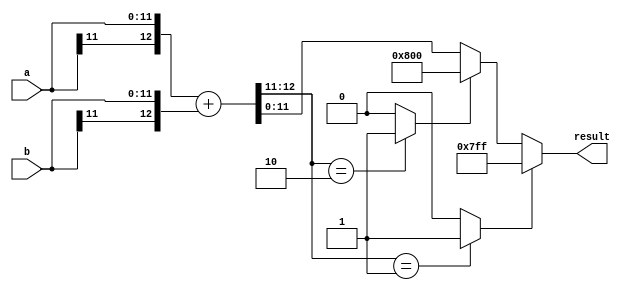
// DEFINE NUMBER OF BITS TO REPRESENT LLR HERE!!
//
`define LLR_BITS    12
//
//

module over(a, b, result);
	parameter WIDTH = `LLR_BITS;
	parameter MSB   = WIDTH-1;
	parameter neg 	= {1'b1, {(WIDTH-1){1'b0}}};
	parameter pos 	= {1'b0, {(WIDTH-1){1'b1}}};
	input signed [WIDTH-1:0] a, b;
	output reg signed [WIDTH-1:0] result;

	reg signed [WIDTH-1:0] temp;
	reg overflow, underflow;
	reg extra;

	always @* begin
		{extra, temp} = {a[MSB], a} + {b[MSB], b};
		overflow  = ({extra, temp[MSB]} == 2'b01) ? 1'b1 : 1'b0;
		underflow = ({extra, temp[MSB]} == 2'b10) ? 1'b1 : 1'b0;
		result = 	(overflow) 	? pos : 
					(underflow)	? neg : temp;
	end
endmodule

module Siso(
						 clk_i,
						 reset_n_i,
						 read_en_i,
						 sys_i,
						 enc_i,
						 ext_i,
						 data_o,
						 finish
	);

	/*========================Parameter declaration===================== */	
	parameter data_size  	= `LLR_BITS;                            // every number size = 4
	parameter input_size 	= 5;                                // input size (bit length) before encoding = 5
	parameter extend_size	= 7;                                // input_size + 2][adding 00 at the end
	parameter block_size 	= 21;                               // 3 * (input_size + 2)
	parameter neg_inf    	= {1'b1, {(data_size-1){1'b0}}};    // - 2^(data_size-1) 
	parameter LLR_size	 	= extend_size*data_size;
	parameter READ_DATA  	= 3'b000;
	parameter BRANCH     	= 3'b001;
	parameter FORWARD    	= 3'b010;
	parameter BACKWARD   	= 3'b011;
	parameter LLR_COMPUTE	= 3'b100;

	/*========================IO declaration============================ */	  
	input                       clk_i;
	input                       reset_n_i;
	input                       read_en_i;
	// input           	        data_i;       [0:block_size-1];  
	input  signed  [28-1:0]     sys_i;
	input  signed  [28-1:0]     enc_i;
	input  signed  [LLR_size-1:0]     ext_i;
	output signed  [LLR_size-1:0]     data_o;
	output                      finish;

	/* =======================REG & wire================================ */
	reg					[2:0]						state, state_nxt;
	reg                         done, done_nxt;
	assign finish = done;

	reg signed  [3:0]	        sys                 	[0:extend_size-1];
	reg signed  [3:0]	        enc                 	[0:extend_size-1];
	reg signed  [data_size-1:0]	ext                 	[0:extend_size-1];
	reg signed	[3:0]	        sys_neg               	[0:extend_size-1];
	reg signed	[3:0]	        enc_neg              	[0:extend_size-1];
	reg signed	[data_size-1:0]	ext_neg                 [0:extend_size-1];
	reg signed	[data_size-1:0]	sys_enc                 [0:extend_size-1] [0:3];

	reg signed	[data_size-1:0]	branch_metrics 			[0:extend_size-1] [0:3] [0:3];  // +-128
	reg signed	[data_size-1:0]	forward_metrics 		[0:extend_size  ] [0:3];
	reg signed	[data_size-1:0]	backward_metrics 		[0:extend_size  ] [0:3];
	reg signed	[data_size-1:0]	LLR             		[0:extend_size-1];
	wire signed	[data_size-1:0]	branch_sum				[0:extend_size-1] [0:3];
	wire signed	[data_size-1:0]	forward_sum				[0:extend_size-1] [0:7];
	wire signed	[data_size-1:0]	backward_sum			[0:extend_size-1] [0:7];
	wire signed	[data_size-1:0]	LLR_sum					[0:extend_size-1] [0:7];

	reg signed  [data_size-1:0] negative            [0:extend_size-1][0:3];    
	reg signed  [data_size-1:0] positive            [0:extend_size-1][0:3];  
	reg signed  [data_size-1:0] max_negative		[0:extend_size-1];
	reg signed  [data_size-1:0] max_negative_neg	[0:extend_size-1];
	reg signed  [data_size-1:0] max_positive		[0:extend_size-1];
	reg signed  [data_size-1:0] temp_positive_1		[0:extend_size-1];
	reg signed  [data_size-1:0] temp_positive_2		[0:extend_size-1];
	reg signed  [data_size-1:0] temp_negative_1		[0:extend_size-1];
	reg signed  [data_size-1:0] temp_negative_2		[0:extend_size-1];
	wire signed [data_size-1:0] LLR_result			[0:extend_size-1];

	integer k, n; 
	/* ====================Combinational Part================== */

	assign data_o = {LLR[0], LLR[1], LLR[2], LLR[3], LLR[4], LLR[5], LLR[6]};

	always@(*) begin
		for(n=0;n<extend_size;n=n+1) begin
			sys_neg[n] = ~sys[n] + 1;
			enc_neg[n] = ~enc[n] + 1;
			ext_neg[n] = ~ext[n] + 1;
			max_negative_neg[n] = ~max_negative[n] + 1;
			sys_enc[n][0] = sys[n] + enc[n];
			sys_enc[n][1] = sys[n] - enc[n];
			sys_enc[n][2] = -sys[n] + enc[n];
			sys_enc[n][3] = -sys[n] - enc[n];
		end
	end
	
	genvar j, l, m;
	generate
		for(l=1;l<=extend_size;l=l+1) begin
			over f0(.a(forward_metrics[l-1][0]), .b(branch_metrics[l-1][0][0]), .result(forward_sum[l-1][0]) );
			over f1(.a(forward_metrics[l-1][1]), .b(branch_metrics[l-1][1][0]), .result(forward_sum[l-1][1]) );
			over f2(.a(forward_metrics[l-1][2]), .b(branch_metrics[l-1][2][1]), .result(forward_sum[l-1][2]) );
			over f3(.a(forward_metrics[l-1][3]), .b(branch_metrics[l-1][3][1]), .result(forward_sum[l-1][3]) );
			over f4(.a(forward_metrics[l-1][0]), .b(branch_metrics[l-1][0][2]), .result(forward_sum[l-1][4]) );
			over f5(.a(forward_metrics[l-1][1]), .b(branch_metrics[l-1][1][2]), .result(forward_sum[l-1][5]) );
			over f6(.a(forward_metrics[l-1][2]), .b(branch_metrics[l-1][2][3]), .result(forward_sum[l-1][6]) );
			over f7(.a(forward_metrics[l-1][3]), .b(branch_metrics[l-1][3][3]), .result(forward_sum[l-1][7]) );

			over b0(.a(backward_metrics[l-1][0]), .b(branch_metrics[extend_size-l][0][0]), .result(backward_sum[l-1][0]) );
			over b1(.a(backward_metrics[l-1][2]), .b(branch_metrics[extend_size-l][0][2]), .result(backward_sum[l-1][1]) );
			over b2(.a(backward_metrics[l-1][0]), .b(branch_metrics[extend_size-l][1][0]), .result(backward_sum[l-1][2]) );
			over b3(.a(backward_metrics[l-1][2]), .b(branch_metrics[extend_size-l][1][2]), .result(backward_sum[l-1][3]) );
			over b4(.a(backward_metrics[l-1][1]), .b(branch_metrics[extend_size-l][2][1]), .result(backward_sum[l-1][4]) );
			over b5(.a(backward_metrics[l-1][3]), .b(branch_metrics[extend_size-l][2][3]), .result(backward_sum[l-1][5]) );
			over b6(.a(backward_metrics[l-1][1]), .b(branch_metrics[extend_size-l][3][1]), .result(backward_sum[l-1][6]) );
			over b7(.a(backward_metrics[l-1][3]), .b(branch_metrics[extend_size-l][3][3]), .result(backward_sum[l-1][7]) );
		end
		for(m=0;m<extend_size;m=m+1) begin
			over LLR0(.a(forward_sum[m][0]), .b(backward_metrics[extend_size-m-1][0]), .result(LLR_sum[m][0]) );
			over LLR1(.a(forward_sum[m][5]), .b(backward_metrics[extend_size-m-1][2]), .result(LLR_sum[m][1]) );
			over LLR2(.a(forward_sum[m][2]), .b(backward_metrics[extend_size-m-1][1]), .result(LLR_sum[m][2]) );
			over LLR3(.a(forward_sum[m][7]), .b(backward_metrics[extend_size-m-1][3]), .result(LLR_sum[m][3]) );
			over LLR4(.a(forward_sum[m][4]), .b(backward_metrics[extend_size-m-1][2]), .result(LLR_sum[m][4]) );
			over LLR5(.a(forward_sum[m][1]), .b(backward_metrics[extend_size-m-1][0]), .result(LLR_sum[m][5]) );
			over LLR6(.a(forward_sum[m][6]), .b(backward_metrics[extend_size-m-1][3]), .result(LLR_sum[m][6]) );
			over LLR7(.a(forward_sum[m][3]), .b(backward_metrics[extend_size-m-1][1]), .result(LLR_sum[m][7]) );

			over LLRk(.a(max_positive[m]), .b(max_negative_neg[m]), .result(LLR_result[m]) );

			over Branch0(.a(sys_enc[m][3]), .b(ext_neg[m]), .result(branch_sum[m][0]) );
			over Branch1(.a(sys_enc[m][0]), .b(ext[m]), 	.result(branch_sum[m][1]) );
			over Branch2(.a(sys_enc[m][1]), .b(ext[m]), 	.result(branch_sum[m][2]) );
			over Branch3(.a(sys_enc[m][2]), .b(ext_neg[m]), .result(branch_sum[m][3]) );
		end
	endgenerate

	always @(*) begin
		done_nxt = 0;
		case(state)
			READ_DATA: begin
					if(read_en_i == 1) begin
						sys[6] = sys_i[3:0];
						sys[5] = sys_i[7:4];
						sys[4] = sys_i[11:8];
						sys[3] = sys_i[15:12];
						sys[2] = sys_i[19:16];
						sys[1] = sys_i[23:20];
						sys[0] = sys_i[27:24];

						enc[6] = enc_i[3:0];
						enc[5] = enc_i[7:4];
						enc[4] = enc_i[11:8];
						enc[3] = enc_i[15:12];
						enc[2] = enc_i[19:16];
						enc[1] = enc_i[23:20];
						enc[0] = enc_i[27:24];

						ext[6] = ext_i[LLR_size-1 - 6*data_size -: data_size];
						ext[5] = ext_i[LLR_size-1 - 5*data_size -: data_size];
						ext[4] = ext_i[LLR_size-1 - 4*data_size -: data_size];
						ext[3] = ext_i[LLR_size-1 - 3*data_size -: data_size];
						ext[2] = ext_i[LLR_size-1 - 2*data_size -: data_size];
						ext[1] = ext_i[LLR_size-1 - data_size -: data_size];
						ext[0] = ext_i[LLR_size-1 -: data_size];
						
						state_nxt = BRANCH;
					end
					else begin
						state_nxt = READ_DATA;
					end
			end
			BRANCH: begin
				for(k=0;k<extend_size;k=k+1) begin
					branch_metrics[k][0][0] = branch_sum[k][0]; //0 + 0 + 0;
					branch_metrics[k][0][2] = branch_sum[k][1]; //1 + 1 + 1;
					branch_metrics[k][1][0] = branch_sum[k][2]; //1 + 0 + 1;
					branch_metrics[k][1][2] = branch_sum[k][3]; //0 + 1 + 0;
					branch_metrics[k][2][1] = branch_sum[k][0]; //0 + 0 + 0;
					branch_metrics[k][2][3] = branch_sum[k][1]; //1 + 1 + 1;
					branch_metrics[k][3][1] = branch_sum[k][2]; //1 + 0 + 1;
					branch_metrics[k][3][3] = branch_sum[k][3]; //0 + 1 + 0;
				end
				state_nxt = FORWARD;
			end
			FORWARD: begin
				forward_metrics[0][0] = 0;
				forward_metrics[0][1] = neg_inf;
				forward_metrics[0][2] = neg_inf;
				forward_metrics[0][3] = neg_inf;
				for(k=1;k<=extend_size;k=k+1) begin
					forward_metrics[k][0] = (forward_sum[k-1][0] > forward_sum[k-1][1]) ? forward_sum[k-1][0] : forward_sum[k-1][1];
					forward_metrics[k][1] = (forward_sum[k-1][2] > forward_sum[k-1][3]) ? forward_sum[k-1][2] : forward_sum[k-1][3];
					forward_metrics[k][2] = (forward_sum[k-1][4] > forward_sum[k-1][5]) ? forward_sum[k-1][4] : forward_sum[k-1][5];
					forward_metrics[k][3] = (forward_sum[k-1][6] > forward_sum[k-1][7]) ? forward_sum[k-1][6] : forward_sum[k-1][7];
				end
				state_nxt = BACKWARD;
			end
			BACKWARD: begin
				backward_metrics[0][0] = 0;            //backward_metrics[extend_size][0] = 0;
				backward_metrics[0][1] = neg_inf;      //backward_metrics[extend_size][1] = neg_inf;
				backward_metrics[0][2] = neg_inf;      //backward_metrics[extend_size][2] = neg_inf;
				backward_metrics[0][3] = neg_inf;      //backward_metrics[extend_size][3] = neg_inf;
				for(k=1;k<=extend_size;k=k+1) begin    //for(k=extend_size-1;k>=0;k=k-1) begin
					backward_metrics[k][0] = (backward_sum[k-1][0] > backward_sum[k-1][1]) ? backward_sum[k-1][0] : backward_sum[k-1][1];
					backward_metrics[k][1] = (backward_sum[k-1][2] > backward_sum[k-1][3]) ? backward_sum[k-1][2] : backward_sum[k-1][3];
					backward_metrics[k][2] = (backward_sum[k-1][4] > backward_sum[k-1][5]) ? backward_sum[k-1][4] : backward_sum[k-1][5];
					backward_metrics[k][3] = (backward_sum[k-1][6] > backward_sum[k-1][7]) ? backward_sum[k-1][6] : backward_sum[k-1][7];
				end
				state_nxt = LLR_COMPUTE;
			end
			LLR_COMPUTE: begin
				for(k=0;k<extend_size;k=k+1) begin
					negative[k][0] = LLR_sum[k][0];
					negative[k][1] = LLR_sum[k][1];
					negative[k][2] = LLR_sum[k][2];
					negative[k][3] = LLR_sum[k][3];
					positive[k][0] = LLR_sum[k][4];
					positive[k][1] = LLR_sum[k][5];
					positive[k][2] = LLR_sum[k][6];
					positive[k][3] = LLR_sum[k][7];
					temp_positive_1[k] = (positive[k][0]>positive[k][1]) ? positive[k][0] : positive[k][1];
					temp_positive_2[k] = (positive[k][2]>positive[k][3]) ? positive[k][2] : positive[k][3];
					max_positive[k] = (temp_positive_1[k]>temp_positive_2[k]) ? temp_positive_1[k] : temp_positive_2[k];
					temp_negative_1[k] = (negative[k][0]>negative[k][1]) ? negative[k][0] : negative[k][1];
					temp_negative_2[k] = (negative[k][2]>negative[k][3]) ? negative[k][2] : negative[k][3];
					max_negative[k] = (temp_negative_1[k]>temp_negative_2[k]) ? temp_negative_1[k] : temp_negative_2[k];
					//LLR[k] = max_positive - max_negative;
					LLR[k] = LLR_result[k];
				end
				state_nxt = READ_DATA;
				done_nxt  = 1;
			end
		endcase
	end

	/* ====================Sequential Part=================== */
		always@(posedge clk_i or negedge reset_n_i)
		begin
				if (reset_n_i == 1'b0)
						begin  
							state <= READ_DATA;
							done  <= 0;
						end
				else
						begin 
							state <= state_nxt;
							done  <= done_nxt;
						end
		end
	/* ====================================================== */

endmodule